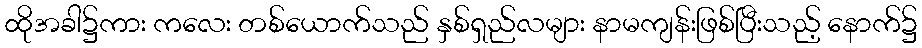
ထိုအခါ၌ကား ကလေး တစ်ယောက်သည် နှစ်ရှည်လများ နာမကျန်းဖြစ်ပြီးသည့် နောက်၌